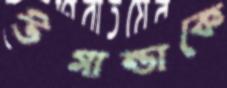
উগান্ডাকে